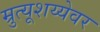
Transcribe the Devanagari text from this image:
म्रुत्यूशय्येवर